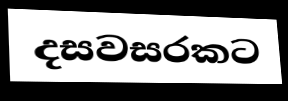
දසවසරකට